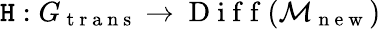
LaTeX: \mathtt{H}:G_{\mathrm{{~t~r~a~n~s~}}}\to\mathrm{{~D~i~f~f~}}(\mathcal{{M}}_{\mathrm{{~n~e~w~}}})